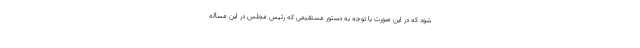
شود که در این صورت با توجه به دستور مستقیمی که رئیس مجلس در این مسأله